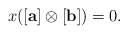
\begin{align*} x([\mathbf{a}]\otimes [\mathbf{b}])=0. \end{align*}